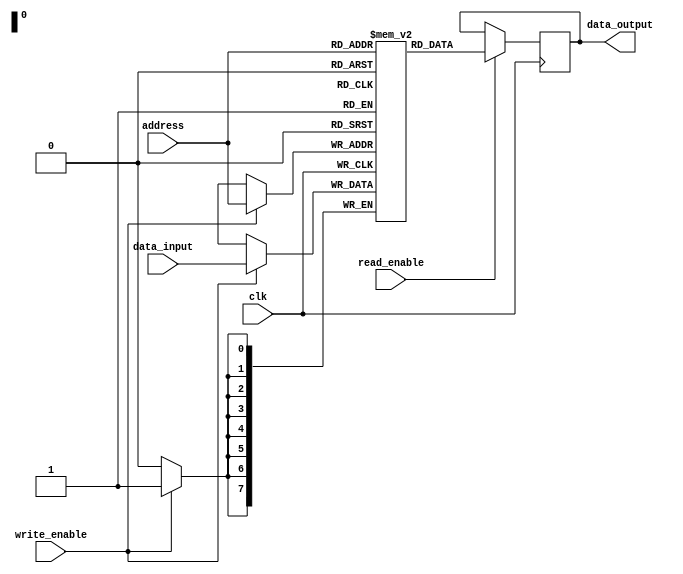
module SDRAM (
    input wire clk,
    input wire [7:0] data_input,
    input wire [7:0] address,
    input wire write_enable,
    input wire read_enable,
    output reg [7:0] data_output
);

reg [7:0] memory [0:255]; // Assuming 256 memory locations

always @(posedge clk) begin
    if (write_enable) begin
        memory[address] <= data_input;
    end
    if (read_enable) begin
        data_output <= memory[address];
    end
end

endmodule